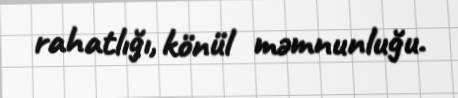
rahatlığı, könül məmnunluğu.